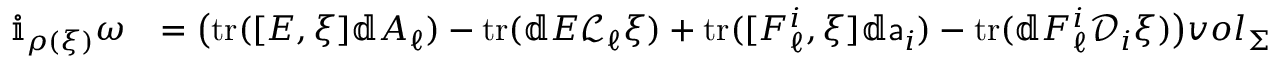
\begin{array} { r l } { \mathbb { i } _ { \rho ( \xi ) } \boldsymbol { \omega } } & { = \big ( \mathrm { t r } ( [ E , \xi ] \mathbb { d } A _ { \ell } ) - \mathrm { t r } ( \mathbb { d } E \mathcal { L } _ { \ell } \xi ) + \mathrm { t r } ( [ F _ { \ell } ^ { i } , \xi ] \mathbb { d } { \mathsf { a } } _ { i } ) - \mathrm { t r } ( \mathbb { d } F _ { \ell } ^ { i } \mathcal { D } _ { i } \xi ) \big ) { \boldsymbol { v o l } } _ { \Sigma } } \end{array}